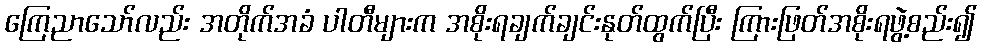
ကြေညာသော်လည်း အတိုက်အခံ ပါတီများက အစိုးရချက်ချင်းနုတ်ထွက်ပြီး ကြားဖြတ်အစိုးရဖွဲ့စည်း၍